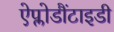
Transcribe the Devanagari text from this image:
ऐप्लोडौंटाइडी